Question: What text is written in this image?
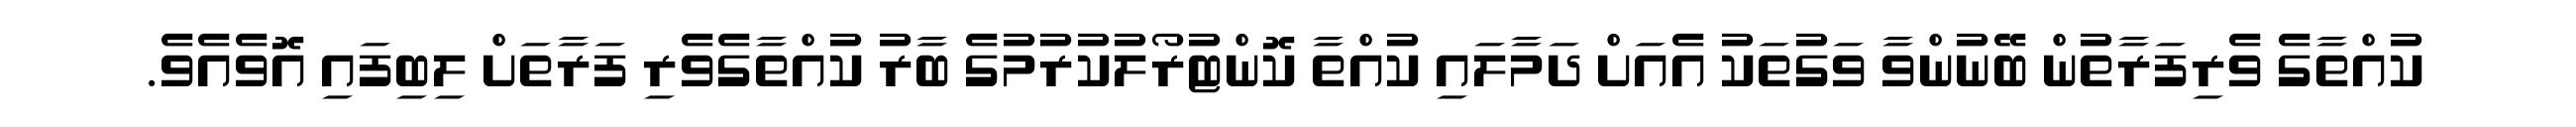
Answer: ކުއްތާގެ ވެރިފަރާތުން ބޭނުންވާ ވަގުތަކު އެއަށް ދަމާލައި ކުއްތާ ކޮންޓުރޯލުކުރުމުގެ ބާރު ކުއްތާގެވެރި ފަރާތަށް ލިބިފައި އޮވެއެވެ.